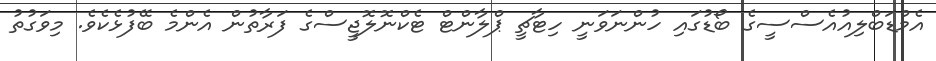
އެމްޑަބްލިއުއެސްސީގެ ބޯޑުގައި ހުންނަވަނީ ހިޓާޗީ ޕްލާންޓް ޓެކްނޮލޮޖީސްގެ ފަރާތުން އެންމެ ބޭފުޅެކެވެ. މިވަގުތު